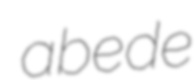
abede